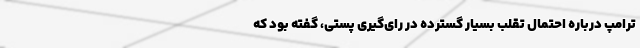
ترامپ درباره احتمال تقلب بسیار گسترده در رای‌گیری پستی، گفته بود که